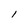
Character: I